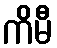
ကိမီ